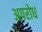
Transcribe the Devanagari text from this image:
अपरोध